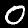
Label: 0